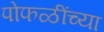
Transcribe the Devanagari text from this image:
पोफळींच्या